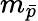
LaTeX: m_{\bar{p}}